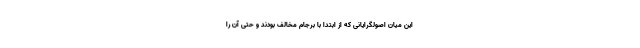
این میان اصولگرایانی که از ابتدا با برجام مخالف بودند و حتی آن را